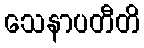
သေနာပတီတိ